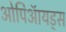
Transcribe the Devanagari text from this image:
ओपिऑयड्स